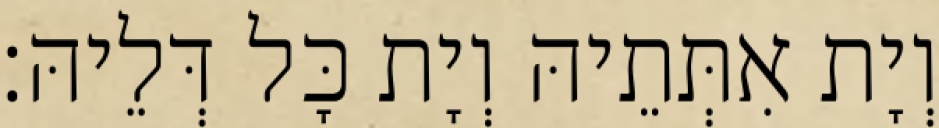
וְיָת אִתְּתֵיהּ וְיָת כָּל דְּלֵיהּ׃